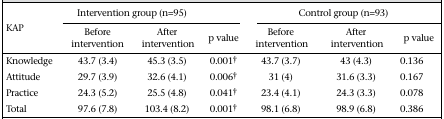
<table><thead><tr><td rowspan="2"><b>KAP</b></td><td colspan="3"><b>Intervention group (n=95)</b></td><td colspan="3"><b>Control group (n=93)</b></td></tr><tr><td><b>Before intervention</b></td><td><b>After intervention</b></td><td><b>p value</b></td><td><b>Before intervention</b></td><td><b>After intervention</b></td><td><b>p value</b></td></tr></thead><tbody><tr><td>Knowledge</td><td>43.7 (3.4)</td><td>45.3 (3.5)</td><td>0.001†</td><td>43.7 (3.7)</td><td>43 (4.3)</td><td>0.136</td></tr><tr><td>Attitude</td><td>29.7 (3.9)</td><td>32.6 (4.1)</td><td>0.006†</td><td>31 (4)</td><td>31.6 (3.3)</td><td>0.167</td></tr><tr><td>Practice</td><td>24.3 (5.2)</td><td>25.5 (4.8)</td><td>0.041†</td><td>23.4 (4.1)</td><td>24.3 (3.3)</td><td>0.078</td></tr><tr><td>Total</td><td>97.6 (7.8)</td><td>103.4 (8.2)</td><td>0.001†</td><td>98.1 (6.8)</td><td>98.9 (6.8)</td><td>0.386</td></tr></tbody></table>